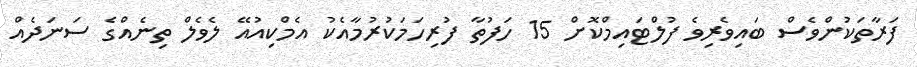
ފަރާތަކުންވެސް ބައިވެރިވެ ފުލްޓައިމްކޮށް 15 ހަފުތާ ފުރިހަމަކުރުމާއެކު އެމްކިއުއޭ ލެވެލް ތިނެއްގެ ސަނަދެއް